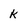
Character: k